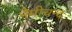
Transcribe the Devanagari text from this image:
नेमीचन्द